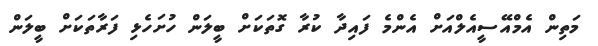
މަތިން އެމްއޭސީއެލްއަށް އެންމެ ފައިދާ ކުރާ ގޮތަކަށް ބީލަން ހުށަހެޅި ފަރާތަކަށް ބީލަން